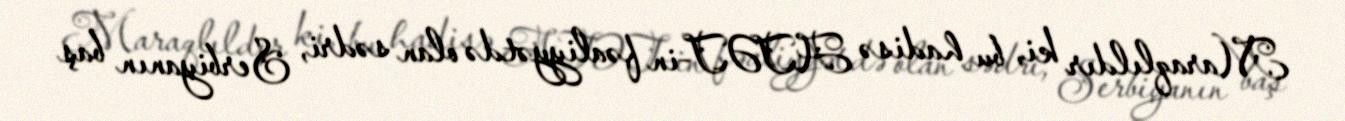
Maraqlıldır ki, bu hadisə ATƏT-in fəaliyyətdə olan sədri, Serbiyanın baş